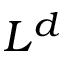
L ^ { d }